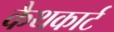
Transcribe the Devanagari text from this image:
कैथकार्ट